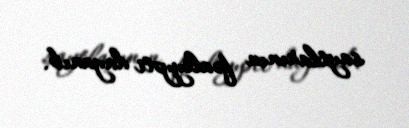
saytlarının fəaliyyəti dayanıb.